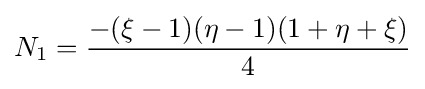
N_{1}={\frac {-(\xi -1)(\eta -1)(1+\eta +\xi )}{4}}